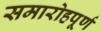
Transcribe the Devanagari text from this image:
समारोहपूर्ण